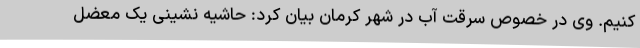
‌کنیم. وی در خصوص سرقت آب در شهر کرمان بیان کرد: حاشیه نشینی یک معضل